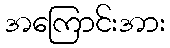
အကြောင်းအား